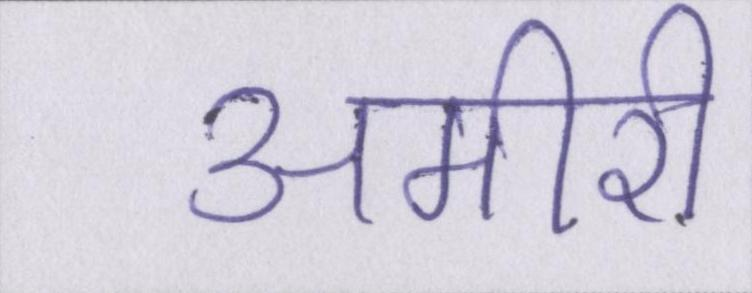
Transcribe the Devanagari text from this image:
अमीरी